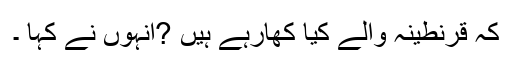
کہ قرنطینہ والے کیا کھارہے ہیں ?انہوں نے کہا ۔